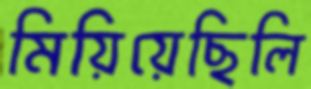
মিয়িয়েছিলি